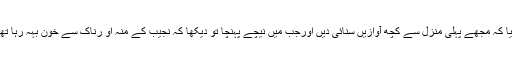
جے این یو اسکول آف انٹرنیشنل اسٹڈیز میں ایم فل کے طالب علم شاہد رضاخان بتایا کہ مجھے پہلی منزل سے کچھ آوازیں سنائی دیں اورجب میں نیچے پہنچا تو دیکھا کہ نجیب کے منہ او رناک سے خون بہہ رہا تھاہم نے فوری وارڈن کو اطلا ع دی اور نجیب کو باتھ روم لے جانے میں مدد کی ۔